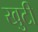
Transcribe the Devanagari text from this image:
खुटी